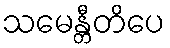
သမေန္တီတိပေ